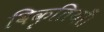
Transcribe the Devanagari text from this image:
विकृतियाँ।